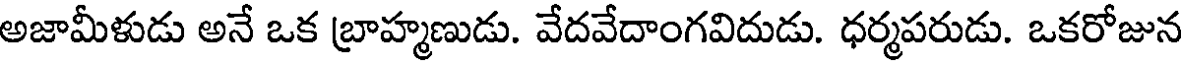
అజామీళుడు అనే ఒక బ్రాహ్మణుడు. వేదవేదాంగవిదుడు. ధర్మపరుడు. ఒకరోజున